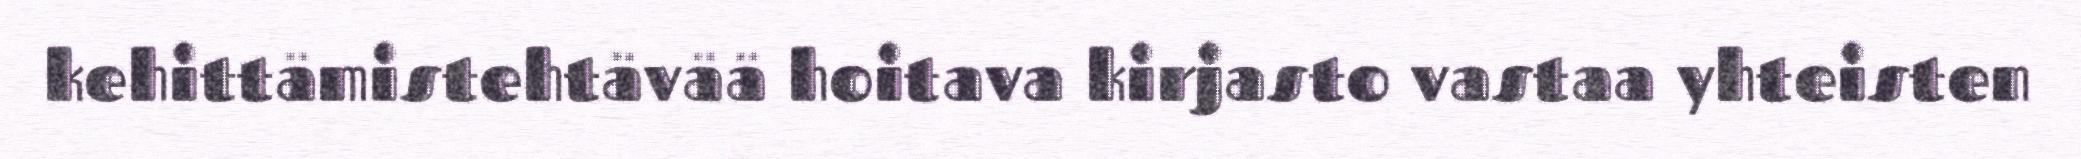
kehittämistehtävää hoitava kirjasto vastaa yhteisten